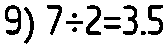
9) 7÷2=3.5